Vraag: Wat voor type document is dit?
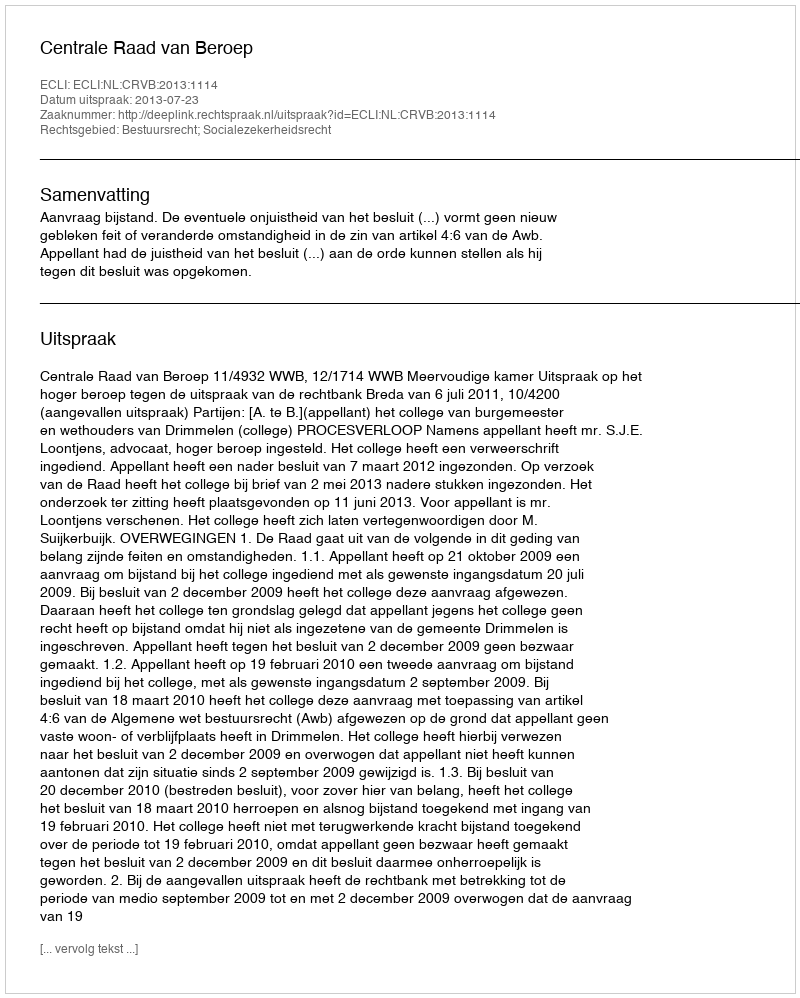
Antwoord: Uitspraak